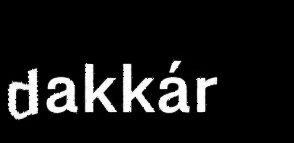
dakkár